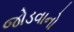
જોડવાનો